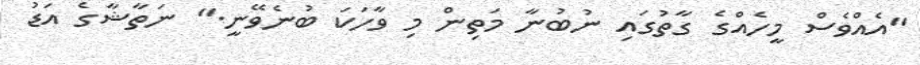
"އެއްވެސް މީހެއްގެ ގާތުގައި ނުބުނާ މަތިން މި ވާހަކަ ބުނެވޭނީ." ނަތާޝާގެ އަޑު